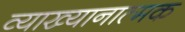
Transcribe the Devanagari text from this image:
व्याख्यानात्मक